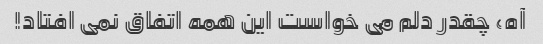
آه، چقدر دلم می خواست این همه اتفاق نمی افتاد!